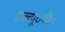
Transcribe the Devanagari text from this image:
डब्ल्यू॰पी॰